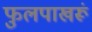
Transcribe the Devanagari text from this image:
फुलपाखरूं